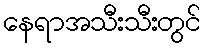
နေရာအသီးသီးတွင်